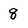
Character: 8